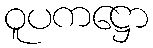
ဝူပကဋ္ဌော